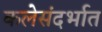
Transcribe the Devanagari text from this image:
कलेसंदर्भात